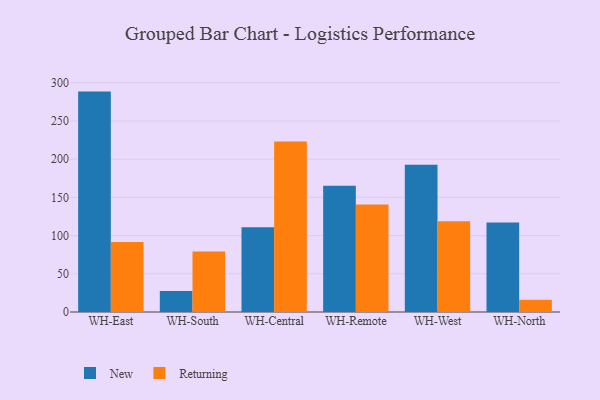
{"axis": {"x": "Warehouse", "y": "Energy Usage (MWh)"}, "legend": ["New", "Returning"], "data": [{"x": "WH-East", "y": 288.4, "type": "New"}, {"x": "WH-East", "y": 91.6, "type": "Returning"}, {"x": "WH-South", "y": 27.4, "type": "New"}, {"x": "WH-South", "y": 79.1, "type": "Returning"}, {"x": "WH-Central", "y": 110.8, "type": "New"}, {"x": "WH-Central", "y": 223.2, "type": "Returning"}, {"x": "WH-Remote", "y": 165.3, "type": "New"}, {"x": "WH-Remote", "y": 140.7, "type": "Returning"}, {"x": "WH-West", "y": 192.6, "type": "New"}, {"x": "WH-West", "y": 118.7, "type": "Returning"}, {"x": "WH-North", "y": 117.0, "type": "New"}, {"x": "WH-North", "y": 15.9, "type": "Returning"}]}